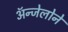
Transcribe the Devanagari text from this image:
ॲन्जेलोने